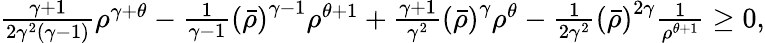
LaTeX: \begin{array}{r}{\frac{\gamma+1}{2\gamma^{2}(\gamma-1)}\rho^{\gamma+\theta}-\frac{1}{\gamma-1}\left(\bar{\rho}\right)^{\gamma-1}\rho^{\theta+1}+\frac{\gamma+1}{\gamma^{2}}\left(\bar{\rho}\right)^{\gamma}\rho^{\theta}-\frac{1}{2\gamma^{2}}\left(\bar{\rho}\right)^{2\gamma}\frac{1}{\rho^{\theta+1}}\geq 0,}\end{array}